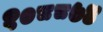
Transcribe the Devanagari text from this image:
१०८८७४